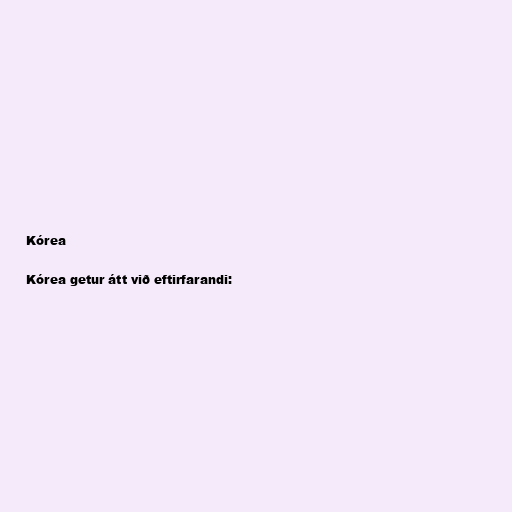
Kórea

Kórea getur átt við eftirfarandi: